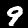
Digit: 9